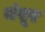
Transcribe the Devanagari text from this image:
मंयूर